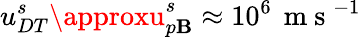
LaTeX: u_{DT}^{s}\approxu_{p\mathbf{B}}^{s}\approx10^{6}\, \mathrm{{~m~s~}}^{-1}